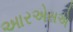
આરએસએ